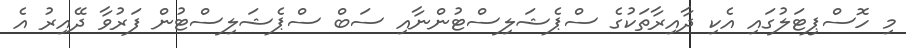
މި ހޮސްޕިޓަލުގައި އެކި ދާއިރާތަކުގެ ސްޕެޝަލިސްޓުންނާއި ސަބް ސްޕެޝަލިސްޓުން ފަރުވާ ދޭއިރު އެ